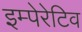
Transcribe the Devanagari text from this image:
इम्पेरेटिव